Vaccination in the Punjab 1897-1904 - 1897-1904
Year: 1897
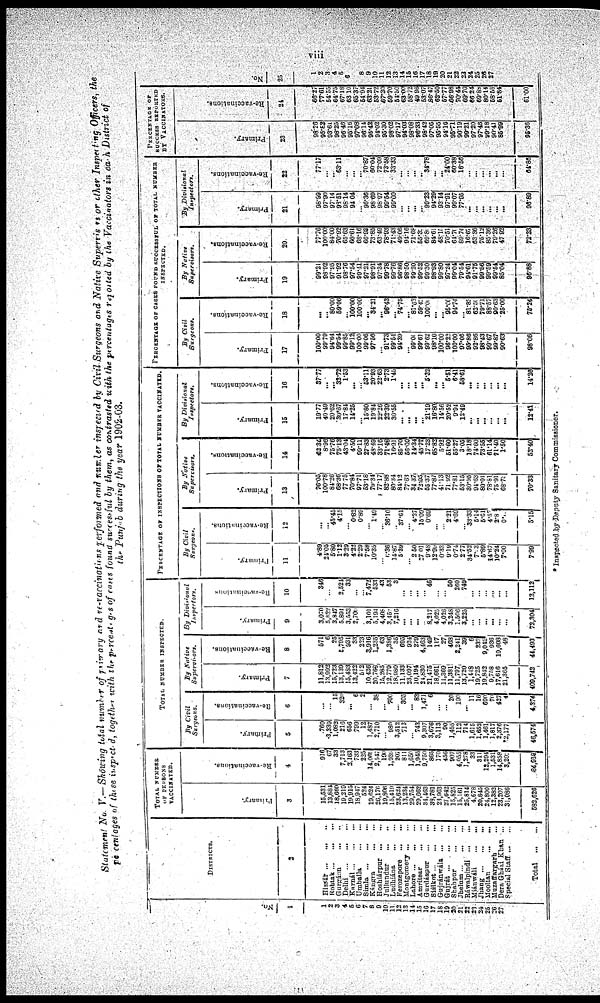
viii
Statement No. V.—Showing total number of primary and re-vaccinations performed and number inspected by Civil Surgeons and Native Supervisors or other Inspecting Officers, the
percentages of those inspected, together with the percentages of cases found successful by them, as contrasted with the percentages reported by the Vaccinators in each District of
the Punjab during the year 1902-03.
No.
1
1
2
3
4
5
6
7
8
9
10
11
12
13
14
15
16
17
18
19
20
21
22
23
24
25
26
27
DISTRICTS.
2
Hissar
...
...
...
Rohtak
...
...
...
Gurgáon ... ... ...
Delhi
...
...
...
Karnál
...
...
...
Umballa ... ... ...
Simla
...
...
...
Kángra
...
...
...
Hoshiárpur ... ... ...
Jullundur ... ... ...
Ludhiána ... ... ...
Ferozepore
...
...
Montgomery ... ...
Lahore
...
...
...
Amritsar ... ... ...
Gurdáspur
...
...
Siálkot
...
...
...
Gujránwála
...
...
Gujrát
...
...
...
Shahpur ... ... ...
Jhelum
...
...
...
Ráwalpindi
...
...
Miánwáli
...
...
Jhang
...
...
...
Mooltan
...
...
Muzaffargarh ...
Dera Gházi Khan ...
Special Staff
...
Total
...
TOTAL NUMBER
OF PERSONS
VACCINATED.
Primary.
3
15,531
13,884
18,660
19,219
19,915
18,947
524
19,624
26,176
19‚806
15,419
23,624
13,234
29,754
29,662
34,463
38,781
23,963
27,642
15,825
15,161
25,814
4,678
20,845
24,800
12,382
23,207
31,086
582,626
Re-vaccinations.
4
916
67
33
7,713
2,163
733
225
14,069
2,547
190
1,939
207
811
1,650
1,945
9,750
865
170
456
907
4,055
1,278
33
311
12,294
1,531
14,858
3,201
84,918
TOTAL NUMBER INSPECTED.
By Civil
Surgeons.
Primary.
5
760
3,339
1,082
216
656
799
12
1,487
2,710
... 980
3,512
713
... 743
9,307
3,676
3,113
90
1,455
112
714
1,615
1,652
1,461
1,817
2,376
2,177
46,574
Re-vaccinations.
6
...
... 15
320
... 6
2
... 38
... 700
... 305
... 83
1,471
6
...
... 20
190
... 11
16
690
70
427
4
4,374
By Native
Supervisors.
Primary.
7
11,812
13,992
15,723
13,139
15,483
13,422
512
10,436
20,768
15,285
12,779
18,980
11,133
23,097
10,194
24,830
21,475
18,661
11,369
11,381
11,797
13,720
1,448
19,725
19,842
9,758
17,616
21,365
409,742
Re-vaccinations.
8
571
6
25
5,795
931
33
223
3,916
1,235
63
1,386
35
695
924
279
4,463
149
117
27
468
2,241
39
6
232
9,042
936
10,608
48
44,493
By
Divisional
Inspectors.
Primary.
9
3,070
5,622
3,847
5,894
3,553
2,700
... 3,101
5,194
4,408
3,452
7,216
...
...
...
... 8,217
4,025
4,026
3,248
1,506
3,225
... ...
...
...
... ...
72,304
Re-vaccinations
10
346
...
... 2,524
33
...
... 7,472
533
43
53
3
...
... ...
... 46
...
... 50
260
749
...
...
...
...
... ...
12,112
PERCENTAGE OF INSPECTIONS OF TOTAL NUMBER VACCINATED.
By Civil
Surgeons.
Primary.
11
4.89
24.05
5.80
1.12
3.29
4.22
2.29
7.58
10.35
... 6,36
14.87
5.39
... 2.50
27.01
9.48
12.99
0.33
9.19
0.74
2.77
34.52
7.13
5.89
14.67
10.24
7.00
7.99
Re-vaccinations.
12
...
... 45.45
4.15
... 0.82
0.89
... 1.49
... 36.10
37.61
... 4.27
15.09
0.69
...
... 2.21
4.69
33.33
5.14
5.61
4.57
2.8
0.10
5.15
By Native
Supervisors.
Primary.
13
76.05
100.78
84.26
68.36
77.75
70.84
97.71
53.18
79.34
77.17
82.88
80.34
84.12
77.63
34.37
72.05
55.37
77.87
41.13
71. 92
77.81
53.15
30.95
94.63
80.01
78.81
75.91
68.73
70.33
Re-vaccinations.
14
62.34
8.96
75.76
75.13
43.04
4.50
99.11
27.83
48.49
33.16
71.48
16.91
85.70
56.00
14.34
45.77
17.23
68.82
5.92
51.60
55.27
3.05
18.18
74.60
73.55
61.14
71.40
1.50
52.40
By Divisional
Inspectors.
Primary.
15
19.77
40.49
20.62
30.67
17.84
14.25
... 15.80
19.84
22.26
22.39
30.55
... ...
...
... 21.19
16.80
14.56
20.52
9.94
12.49
...
...
...
... ...
...
12.41
Re-vaccinations.
16
37.77
...
... 32.72
1.53
...
... 53.11
20.93
22.63
2.73
1.45
...
...
...
... 5.32
...
... 5.51
6.41
58.61
...
...
... ...
... ...
14.26
PERCENTAGE OF CASES FOUND SUCCESSFUL OF TOTAL NUMBER
INSPECTED.
By Civil
Surgeons.
Primary.
17
100.00
99.79
94.64
99.54
99.85
99.12
100.00
99.06
97.66
... 91.73
99.54
94.39
...
99.00
99.61
99.62
98.10
100.00
96.22
100.00
97.06
95.86
92.86
98.43
99.67
99.87
90.63
98.06
Re-vaccinations.
18
...
... 80.00
59.06
... 100.00
100.00
... 34.21
... 96.43
... 74.75
... 81.63
59.45
100.00
...
... 95.00
94.74
... 81.85
62.50
79.71
88.57
90.63
25.00
75.24
By Native
Supervisors.
Primary.
19
99.21
98.92
97.95
91.92
98.76
97.54
99.41
97.21
98.91
97.34
99.78
99.76
96.86
98.50
99.20
99.52
99.30
98.93
99.80
97.24
99.04
79.54
94.61
91.75
99.56
90.59
99.54
85.04
96.88
Re-vaccinations.
20
77.76
100.00
84.00
70.92
65.63
60.61
68.16
66.93
73.85
63.49
78.93
71.43
49.06
94.16
71.68
65.32
69.80
84.65
48.15
70.51
64.70
89.74
16.67
63.36
75.12
85.36
70.26
47.92
72.23
By Divisional
Inspectors.
Primary.
21
98.99
97.90
97.14
93.51
98.14
94.04
...
96.36
98.69
98.97
99.54
99.00
...
... ...
...
99.23
94.29
93.14
97.91
99.07
77.95
...
...
...
...
... ...
96.89
Re-vaccinations.
22
...
... ...
63.11
...
... ...
70.87
60.04
72.09
73.58
...
...
...
...
...
34.78
...
...
24.00
60.38
16.56
...
...
...
...
...
...
64.86
PERCENTAGE OF
SUCCESS REPORTED
BY VACCINATORS.
Primary.
23
98.26
95.82
93.61
98.25
96.46
95.16
97.08
96.14
95.42
94.02
95.30
98.02
97.17
94.03
98.08
96.33
98.42
97.05
95.55
94.16
96.71
90.19
99.21
97.20
97.46
99.18
90.41
85.99
95.36
Re-vaccinations.
24
86.27
77.61
54.55
64.76
67.18
63.10
65.37
54.94
63.21
53.72
67.30
59.70
54.50
63.00
58.72
49.96
53.07
86.47
62.50
57.77
66.98
70.44
69.70
66.24
69.88
80.14
58.58
51.84
61.00
No.
25
1
2
3
4
5
6
7 8
9
10
11
12
13
14
15
16
17
18
19
20
21
22
23 24
25
26
27